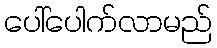
ပေါ်ပေါက်လာမည်